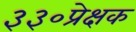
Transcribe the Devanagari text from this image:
३३०प्रेक्षक